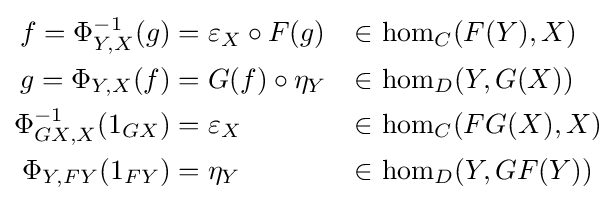
{\begin{aligned}f=\Phi _{Y,X}^{-1}(g)&=\varepsilon _{X}\circ F(g)&\in &\,\,\mathrm {hom} _{C}(F(Y),X)\\g=\Phi _{Y,X}(f)&=G(f)\circ \eta _{Y}&\in &\,\,\mathrm {hom} _{D}(Y,G(X))\\\Phi _{GX,X}^{-1}(1_{GX})&=\varepsilon _{X}&\in &\,\,\mathrm {hom} _{C}(FG(X),X)\\\Phi _{Y,FY}(1_{FY})&=\eta _{Y}&\in &\,\,\mathrm {hom} _{D}(Y,GF(Y))\\\end{aligned}}